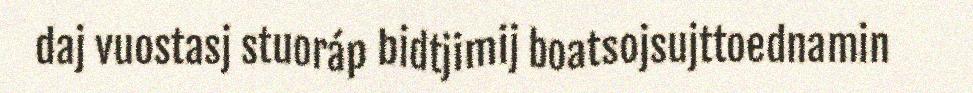
daj vuostasj stuoráp bidtjimij boatsojsujttoednamin